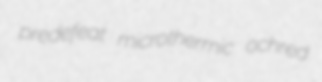
predefeat microthermic ochred